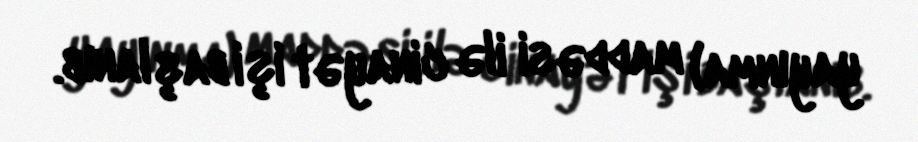
yayınma) maddəsi ilə cinayət işi başlanıb.